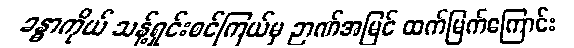
ခန္ဓာကိုယ် သန့်ရှင်းစင်ကြယ်မှ ဉာဏ်အမြင် ထက်မြက်ကြောင်း